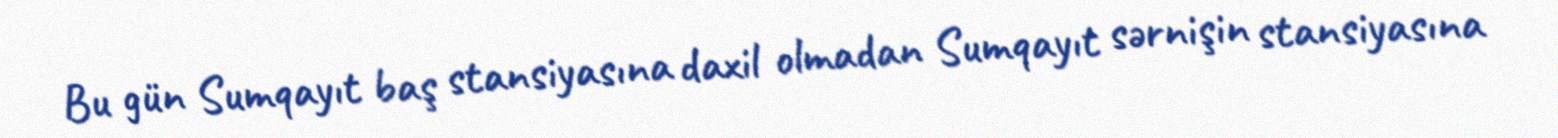
Bu gün Sumqayıt baş stansiyasına daxil olmadan Sumqayıt sərnişin stansiyasına